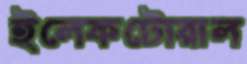
ইলেকটোরাল